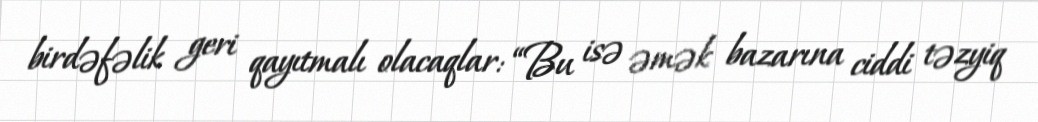
birdəfəlik geri qayıtmalı olacaqlar: “Bu isə əmək bazarına ciddi təzyiq